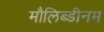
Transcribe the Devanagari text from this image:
मौलिब्डीनम